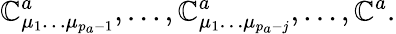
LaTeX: \mathbb{C}_{\mu_{1}\ldots\mu_{p_{a}-1}}^{a},\ldots,\mathbb{C}_{\mu_{1}\ldots\mu_{p_{a}-j}}^{a},\ldots,\mathbb{C}^{a}.